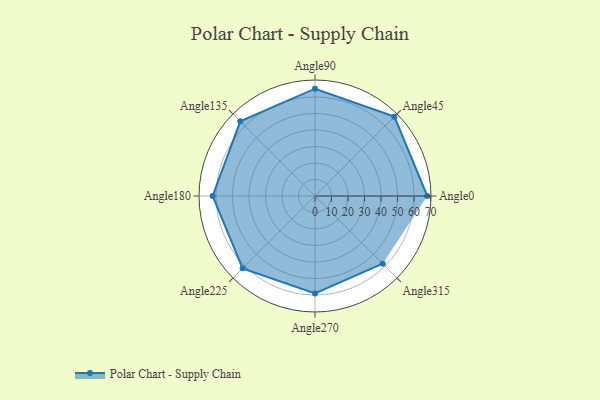
{"axis": {"x": "Angle", "y": "Radius"}, "legend": [""], "data": [{"x": "Angle0", "y": 68.0, "type": ""}, {"x": "Angle45", "y": 68.0, "type": ""}, {"x": "Angle90", "y": 65.0, "type": ""}, {"x": "Angle135", "y": 64.0, "type": ""}, {"x": "Angle180", "y": 62.0, "type": ""}, {"x": "Angle225", "y": 62.0, "type": ""}, {"x": "Angle270", "y": 59.0, "type": ""}, {"x": "Angle315", "y": 58.0, "type": ""}]}